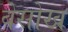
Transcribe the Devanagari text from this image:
बेसोख